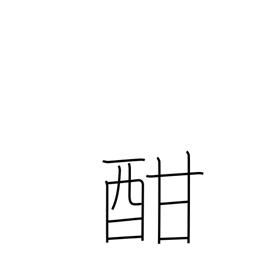
Meaning: height of